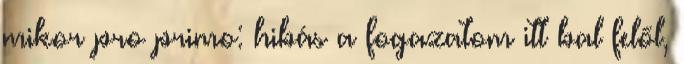
mikor pro primo: hibás a fogazatom itt bal felől,